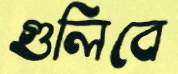
গুলিবে